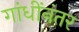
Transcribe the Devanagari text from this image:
गांधींनंतर